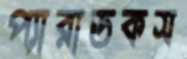
প্যারাডকস